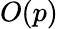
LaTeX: O(p)